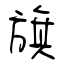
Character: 旗